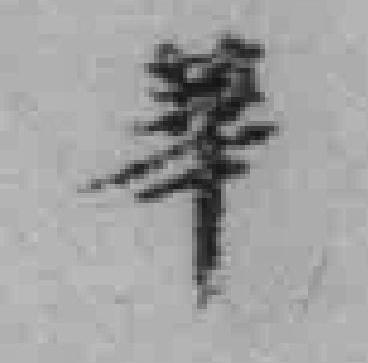
華